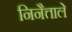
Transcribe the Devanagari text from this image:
निनैत्ताले